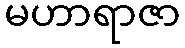
မဟာရာဇာ